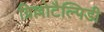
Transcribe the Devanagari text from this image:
ग्रिल्लोटैल्पिडी